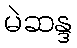
မဲဆန္ဒ